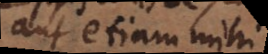
aut etiam mihi.